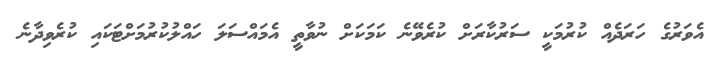
އެވަރުގެ ހަރަދެއް ކުރުމަކީ ސަރުކާރަށް ކުރެވޭނެ ކަމަކަށް ނުވާތީ އެމައްސަލަ ހައްލުކުރުމަށްޓަކައި ކުރެވިދާނެ